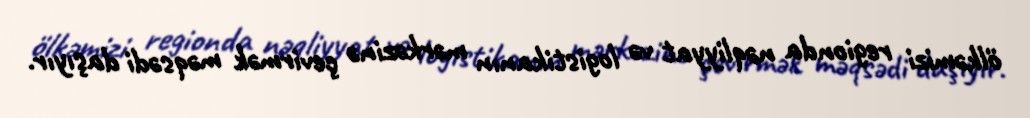
ölkəmizi regionda nəqliyyat və logistikanın mərkəzinə çevirmək məqsədi daşıyır.